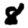
Digit: 8